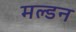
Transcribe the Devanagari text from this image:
मल्‍डन